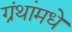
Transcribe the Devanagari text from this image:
ग्रंथांमधे